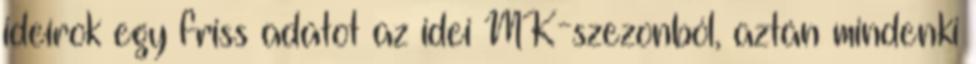
ideírok egy friss adatot az idei MK-szezonból, aztán mindenki